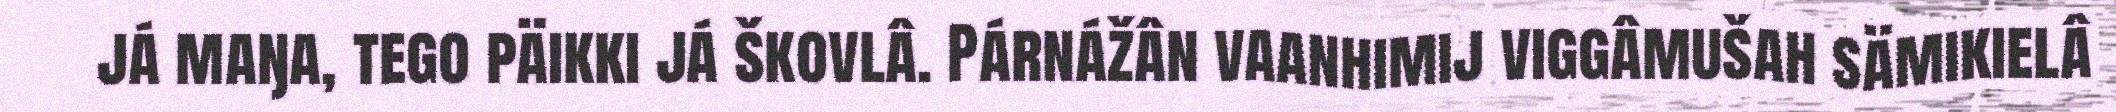
já maŋa, tego päikki já škovlâ. Párnážân vaanhimij viggâmušah sämikielâ